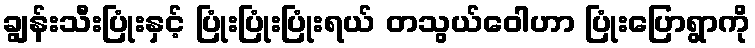
ချွန်းသီးပြုံးနှင့် ပြုံးပြုံးပြုံးရယ် တသွယ်ဝေါဟာ ပြုံးပြောရွာကို